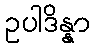
ဥပါဒိန္နာ